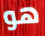
هو